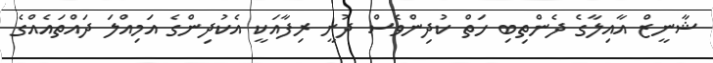
ޝާނީޒް އާއިލާގެ ދެންތިބި ހަތް ކުދިންވެސް ދުށީ ރިފާއަކީ އެކުދިންގެ އަމިއްލަ ދައްތައެއްގެ